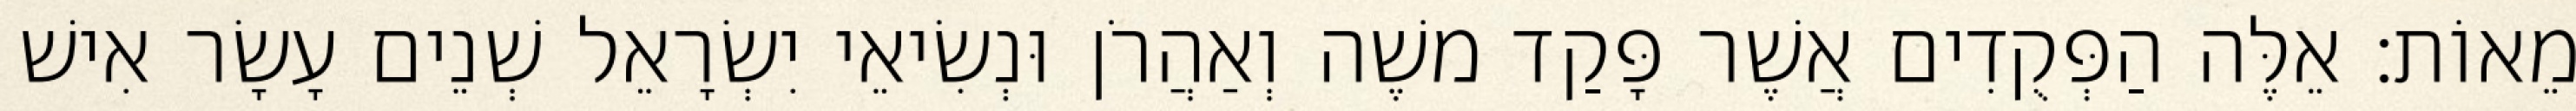
מֵאוֹת׃ אֵלֶּה הַפְּקֻדִים אֲשֶׁר פָּקַד משֶׁה וְאַהֲרֹן וּנְשִׂיאֵי יִשְׂרָאֵל שְׁנֵים עָשָׂר אִישׁ